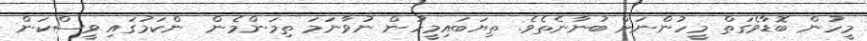
މީހުން ބޮޑާވެގަތް މީހުންނަށް ބުނާނެތެވެ. ތިޔަބައިމީހުން ނުވާނަމަ ތިމަންމެން  ންކަމުގައި ވީސްކަން